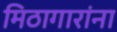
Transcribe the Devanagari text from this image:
मिठागारांना